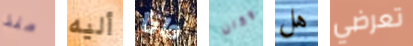
منذ أليه دانا وكان هل تعرضي